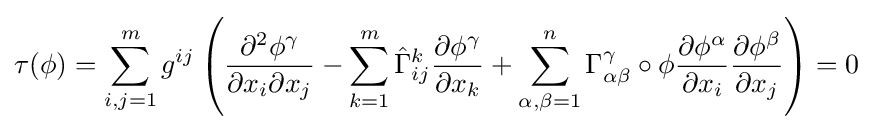
\tau (\phi )=\sum _{i,j=1}^{m}g^{ij}\left({\frac {\partial ^{2}\phi ^{\gamma }}{\partial x_{i}\partial x_{j}}}-\sum _{k=1}^{m}{\hat {\Gamma }}_{ij}^{k}{\frac {\partial \phi ^{\gamma }}{\partial x_{k}}}+\sum _{\alpha ,\beta =1}^{n}\Gamma _{\alpha \beta }^{\gamma }\circ \phi {\frac {\partial \phi ^{\alpha }}{\partial x_{i}}}{\frac {\partial \phi ^{\beta }}{\partial x_{j}}}\right)=0